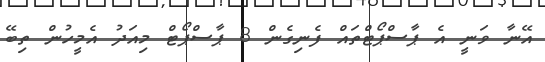
އޭނާ ވަނީ އެ ޕާސްޕޯޓްތައް ފެނިގެން 8 ޕާސްޕޯޓް މިއަދު އެމީހުން ތިބޭ